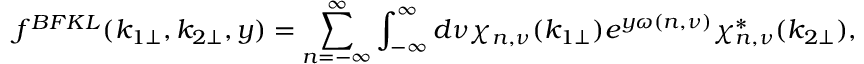
f ^ { B F K L } ( k _ { 1 \perp } , k _ { 2 \perp } , y ) = \sum _ { n = - \infty } ^ { \infty } \int _ { - \infty } ^ { \infty } d \nu \chi _ { n , \nu } ( k _ { 1 \perp } ) e ^ { y \omega ( n , \nu ) } \chi _ { n , \nu } ^ { * } ( k _ { 2 \perp } ) ,